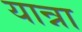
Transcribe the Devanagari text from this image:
यान्ना